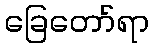
ခြေတော်ရာ